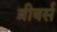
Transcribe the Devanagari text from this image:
ब्रीवर्स